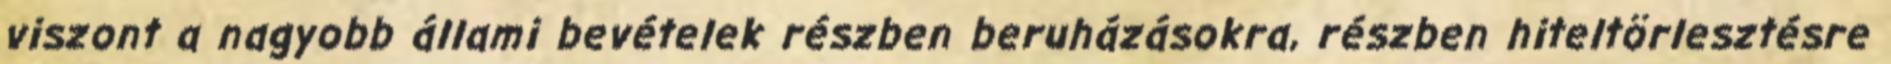
viszont a nagyobb állami bevételek részben beruházásokra, részben hiteltörlesztésre